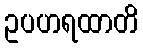
ဥပဟရထာတိ